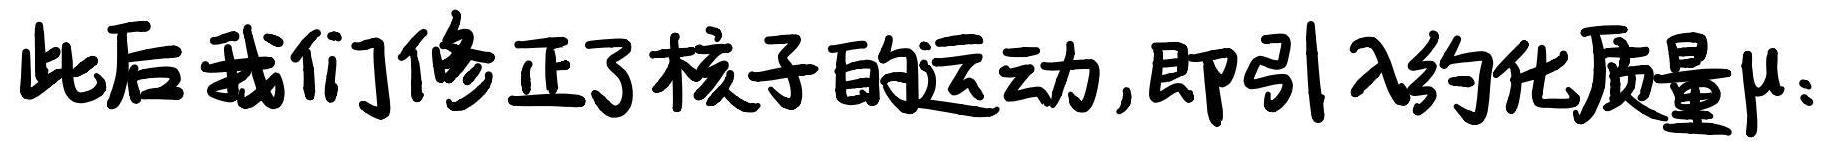
此后我们修正了核子的运动,即引入约化质量$\mu$: